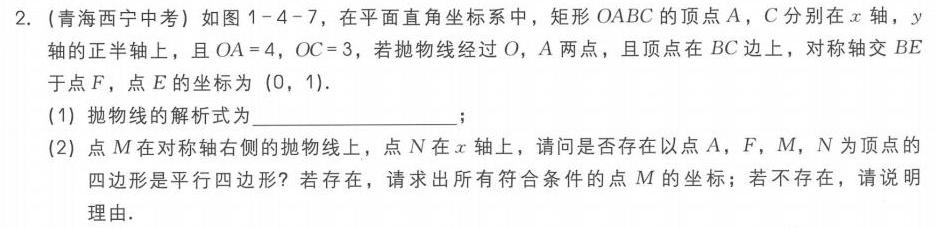
2. (青海西宁中考) 如图1 - 4 - 7，在平面直角坐标系中，矩形\(OABC\)的顶点\(A\)，\(C\)分别在\(x\)轴，\(y\)轴的正半轴上，且\(OA = 4\)，\(OC = 3\)，若抛物线经过\(O\)，\(A\)两点，且顶点在\(BC\)边上，对称轴交\(BE\)于点\(F\)，点\(E\)的坐标为\((0,1)\)。
(1) 抛物线的解析式为  ；
(2) 点\(M\)在对称轴右侧的抛物线上，点\(N\)在\(x\)轴上，请问是否存在以点\(A\)，\(F\)，\(M\)，\(N\)为顶点的四边形是平行四边形？若存在，请求出所有符合条件的点\(M\)的坐标；若不存在，请说明理由。